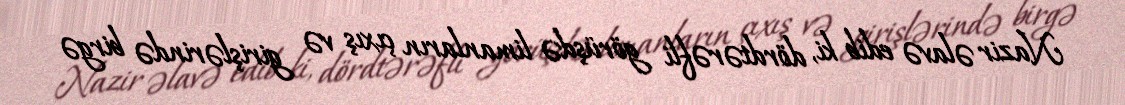
Nazir əlavə edib ki, dördtərəfli görüşdə limanların çıxış və girişlərində birgə